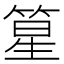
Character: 篂